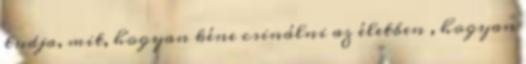
tudja, mit, hogyan kéne csinálni az életben , hogyan